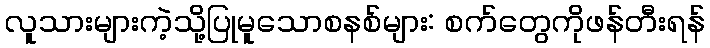
လူသားများကဲ့သို့ပြုမူသောစနစ်များ: စက်တွေကိုဖန်တီးရန်